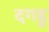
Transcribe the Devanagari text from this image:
दगडु